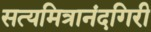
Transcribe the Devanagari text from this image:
सत्यमित्रानंदगिरी